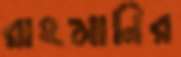
রাহমানির